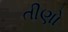
તીણો